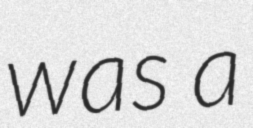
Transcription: was a